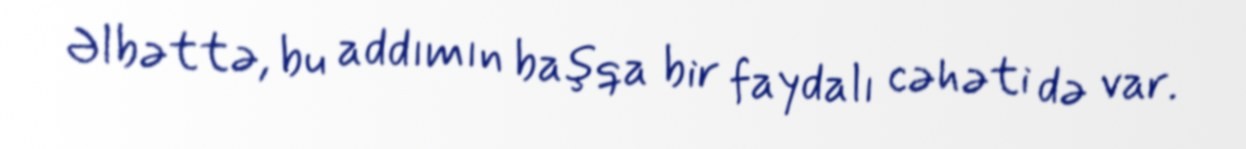
Əlbəttə, bu addımın başqa bir faydalı cəhəti də var.